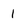
Character: l